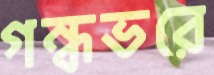
গন্ধভরে